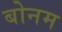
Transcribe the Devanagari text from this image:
बोनम